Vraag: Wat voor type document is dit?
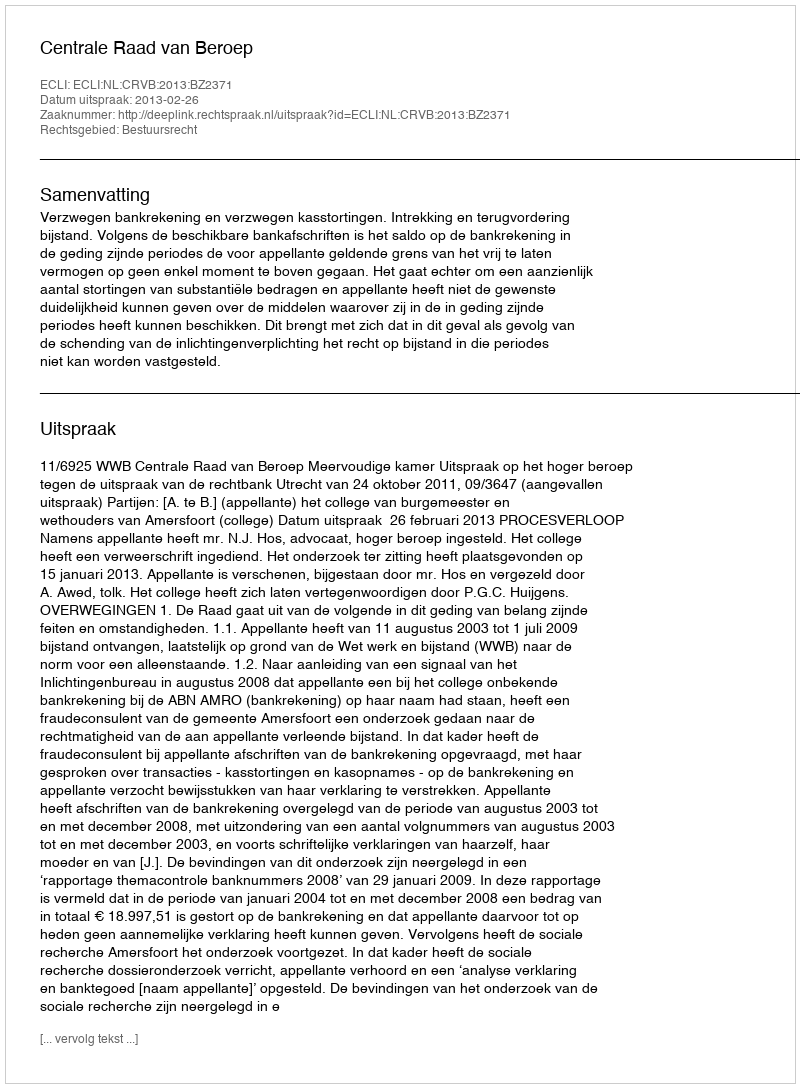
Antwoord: Uitspraak